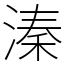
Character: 溱